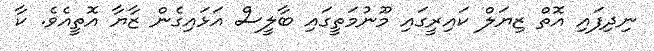
ނިދިފައި އޮތް ޒިޔަލް ކައިރީގައި މޫނުމަތީގައި ބާލީސް އަޅައިގެން ޒާޔާ އޮތީއެވެ. ކާ